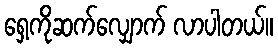
ရှေ့ကိုဆက်လျှောက် လာပါတယ်။